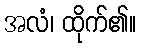
အလံ၊ ထိုက်၏။